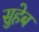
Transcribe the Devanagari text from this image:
सुहेब